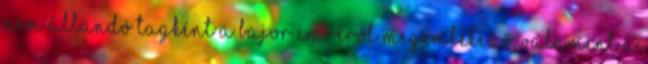
nem állandó tagként a Bajor Imréről megemlékező, valamint a